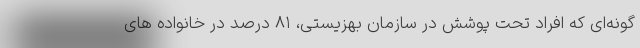
گونه‌ای که افراد تحت پوشش در سازمان بهزیستی، ۸۱ درصد در خانواده‌ های